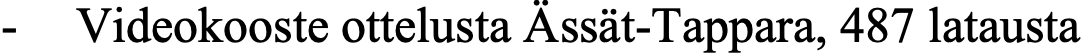
- Videokooste ottelusta Ässät-Tappara, 487 latausta